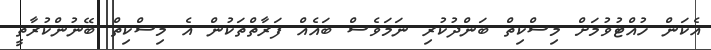
އެކަން ހުއްޓުވުމަށް މިސްކިތް ބަންދުކުރި ނަމަވެސް ބައެއް ފަރާތްތަކުން އެ މިސްކިތް ބޭނުންކުރާތީ